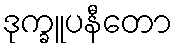
ဒုက္ခူပနီတော